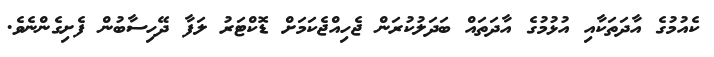
ކެއުމުގެ އާދަތަކާއި އުޅުމުގެ އާދަތައް ބަދަލުކުރަން ޖެހިއްޖެކަމަށް ޑޮކްޓަރު ލަފާ ދޭހިސާބުން ފެށިގެންނެވެ.